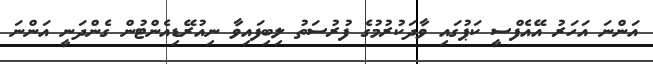
އަންނަ އަހަރު އޭއެފްސީ ކަޕުގައި ވާދަކުރުމުގެ ފުރުސަތު ލިބިފައިވާ ނިއުރޭޑިއެންޓުން ގެންދަނީ އަންނަ